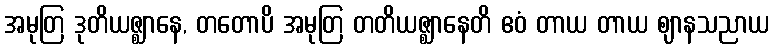
အမုတြ ဒုတိယဇ္ဈာနေ, တတောပိ အမုတြ တတိယဇ္ဈာနေတိ ဧဝံ တာယ တာယ ဈာနသညာယ